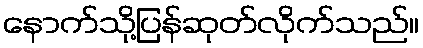
နောက်သို့ပြန်ဆုတ်လိုက်သည်။